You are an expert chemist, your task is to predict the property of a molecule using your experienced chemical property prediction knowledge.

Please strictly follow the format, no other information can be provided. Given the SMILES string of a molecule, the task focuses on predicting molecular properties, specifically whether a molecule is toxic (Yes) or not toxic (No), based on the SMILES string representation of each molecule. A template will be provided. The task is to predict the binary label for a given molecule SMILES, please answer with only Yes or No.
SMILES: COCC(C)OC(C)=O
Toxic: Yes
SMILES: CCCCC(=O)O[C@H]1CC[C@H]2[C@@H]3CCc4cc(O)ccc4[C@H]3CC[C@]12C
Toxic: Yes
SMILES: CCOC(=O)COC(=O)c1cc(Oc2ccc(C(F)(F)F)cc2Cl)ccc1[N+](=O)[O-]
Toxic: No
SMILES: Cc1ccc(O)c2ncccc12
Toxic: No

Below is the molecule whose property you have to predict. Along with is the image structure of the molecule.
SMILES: CCCN1CCCC[C@H]1C(=O)Nc1c(C)cccc1C
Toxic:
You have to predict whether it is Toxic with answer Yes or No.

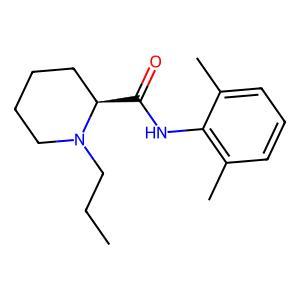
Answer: No